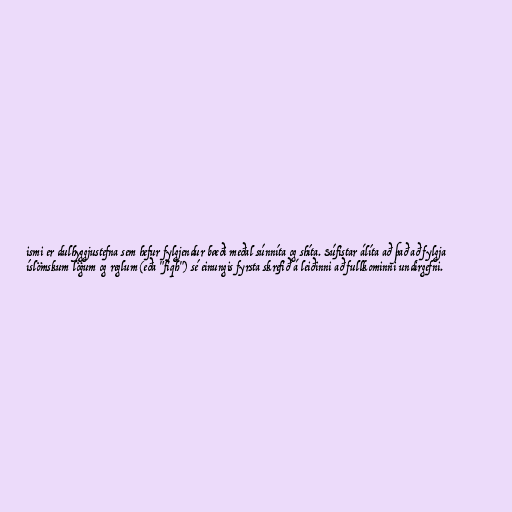
ismi er dulhyggjustefna sem hefur fylgjendur bæði meðal súnníta og shíta. Súfistar álíta að það að fylgja
íslömskum lögum og reglum (eða "fiqh") sé einungis fyrsta skrefið á leiðinni að fullkominni undirgefni.